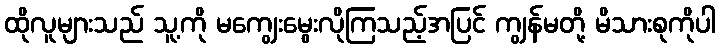
ထိုလူများသည် သူ့ကို မကျွေးမွေးလိုကြသည့်အပြင် ကျွန်မတို့ မိသားစုကိုပါ